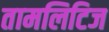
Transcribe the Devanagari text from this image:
तामलिटिज